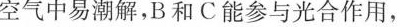
空气中易潮解，B和C能参与光合作用，